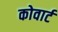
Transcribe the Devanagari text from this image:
कोवार्ट